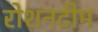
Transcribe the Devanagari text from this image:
रोशनटीम